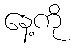
နေ့ကို